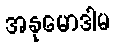
အနုမောဒါမ